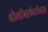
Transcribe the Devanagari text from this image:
बोलीभाषेबरोबरच